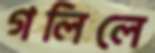
গলিলে